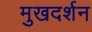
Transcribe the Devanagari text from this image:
मुखदर्शन